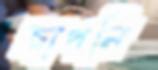
জাপনি